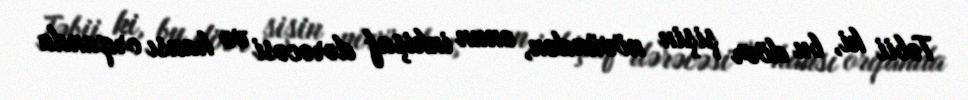
Təbii ki, bu dövr şişin növündən, onun inkişaf dərəcəsi və hansı orqanda